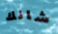
شانك